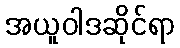
အယူဝါဒဆိုင်ရာ